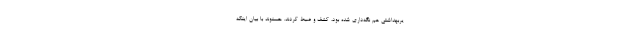
یربهداشتی هم نگه‌داری شده بود، کشف و ضبط کردند. حسنوند با بیان اینکه